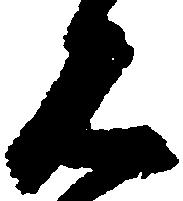
見